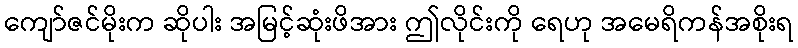
ကျော်ဇင်မိုးက ဆိုပါး အမြင့်ဆုံးဖိအား ဤလိုင်းကို ရေဟု အမေရိကန်အစိုးရ